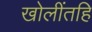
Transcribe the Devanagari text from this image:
खोलींतहि